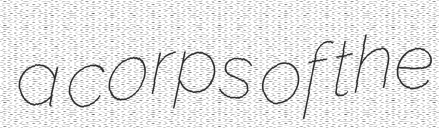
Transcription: a corps of the